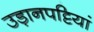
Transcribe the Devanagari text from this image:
उड़ानपट्टियां